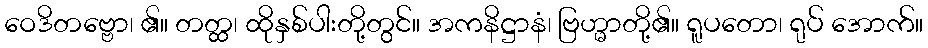
ဝေဒိတဗ္ဗော၊ ၏။ တတ္ထ၊ ထိုနှစ်ပါးတို့တွင်။ အကနိဋ္ဌာနံ၊ ဗြဟ္မာတို့၏။ ရူပတော၊ ရုပ် အောက်။